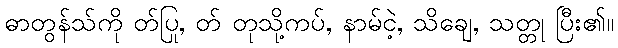
ဓာတွန်သ်ကို တ်ပြု, တ် တုသို့ကပ်, နာမ်ငဲ့, သိချေ, သတ္တု ပြီး၏။